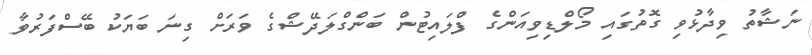
ނަޝާތު ވިދާޅުވި ގޮތުގައި މޯލްޑިވިއަންގެ ފްލައިޓުން ބަންގްލަދޭޝްގެ ވަރަށް ގިނަ ބަޔަކު ބޭސްފަރުވާ